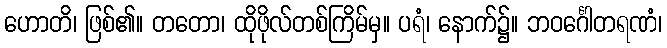
ဟောတိ၊ ဖြစ်၏။ တတော၊ ထိုဖိုလ်တစ်ကြိမ်မှ။ ပရံ၊ နောက်၌။ ဘဝင်္ဂေါတရဏံ၊